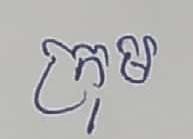
ក្រុម